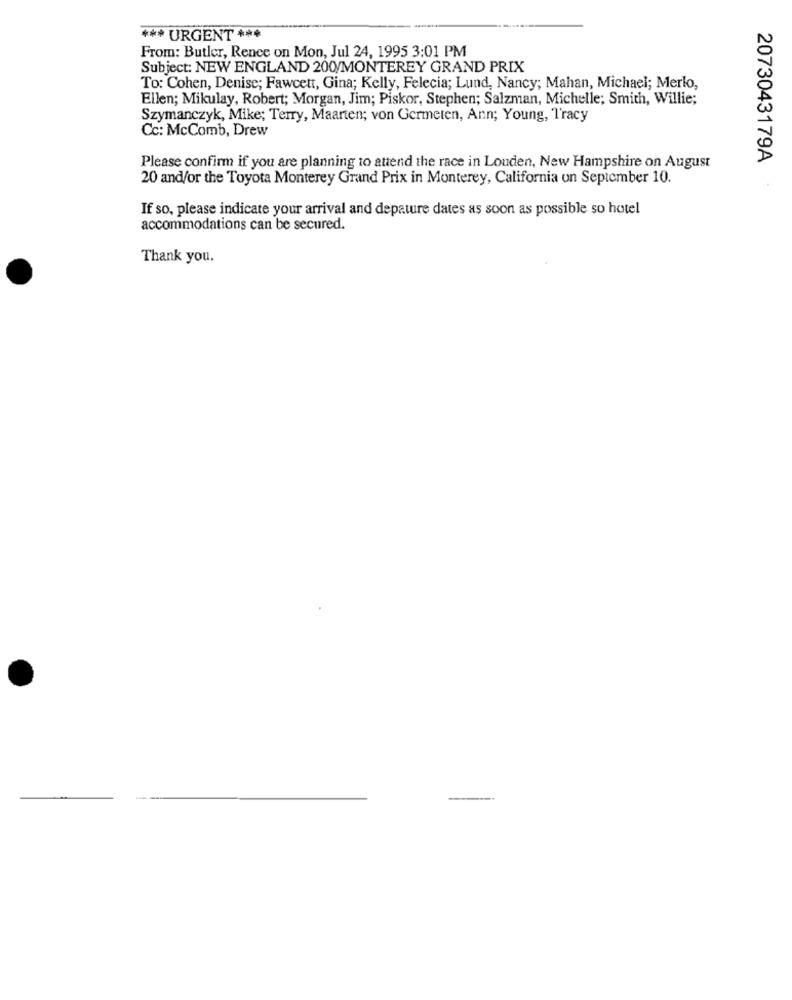
*** URGENT ***
From: Butler, Rence on Mon, Jul 24, 1995 3:01 PM
Subject: NEW ENGLAND 200/MONTEREY GRAND PRIX
To: Cohen, Denise; Fawcett, Gina; Kelly, Felecia; Lund, Nancy; Mahan, Michael; Merlo,
Ellen; Mikulay, Robert; Morgan, Jim; Piskor, Stephen; Salzman, Michelle; Smith, Willie;
Szymanczyk, Mike; Terry, Maarten; von Germeten, Ann; Young, Tracy
Cc: McComb, Drew
2073043179A
Please confirm if you are planning to attend the race in Louden, New Hampshire on August
20 and/or the Toyota Monterey Grand Prix in Monterey, California on September 10.
If so, please indicate your arrival and depature dates as soon as possible so hotel
accommodations can be secured.
Thank you.